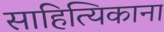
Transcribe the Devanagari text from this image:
साहित्यिकाना